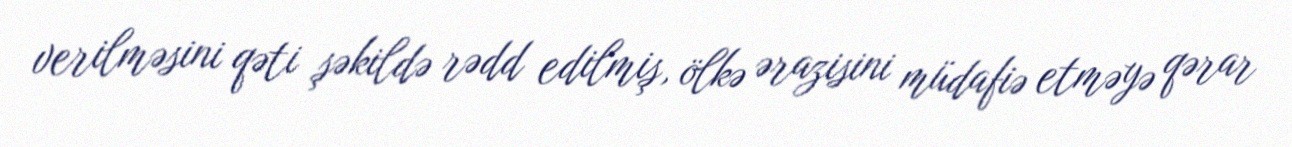
verilməsini qəti şəkildə rədd edilmiş, ölkə ərazisini müdafiə etməyə qərar